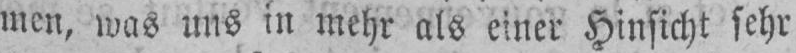
men, was uns in mehr als einer Hinsicht sehr